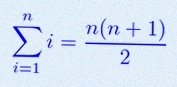
\sum_{i=1}^{n}i=\frac{n(n+1)}2